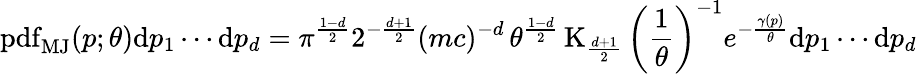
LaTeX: \operatorname{pdf}_{\mathrm{MJ}}(p;\theta)\mathrm{d}p_{1}\cdots\mathrm{d}p_{d}=\pi^{\frac{1-d}{2}}2^{-{\frac{d+1}{2}}}(mc)^{-d}\, \theta^{\frac{1-d}{2}}\operatorname{K}_{\frac{d+1}{2}}\left({\frac{1}{\theta}}\right)^{-1}e^{-{\frac{\gamma(p)}{\theta}}}\mathrm{d}p_{1}\cdots\mathrm{d}p_{d}